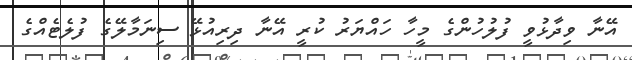
އޭނާ ވިދާޅުވީ ފުލުހުންގެ މީހާ ހައްޔަރު ކުރީ އޭނާ ދިރިއުޅޭ ސިނަމާލޭގެ ފުލެޓެއްގެ